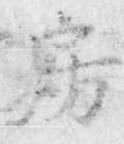
房